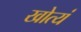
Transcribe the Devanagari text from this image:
खोत्यं